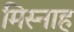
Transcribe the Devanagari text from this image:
मिस्नाह